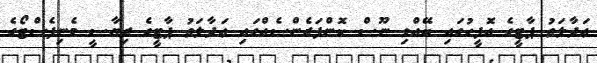
ޢަދާލަތު ޕާޓީގެ އޮފީހުގައި ބޭއްވި ނޫސް ކޮންފަރެންސެއްގައި ޢަދާލަތު ޕާޓީގެ ރިޔާސީ މެނިފެސްޓޯގެ